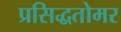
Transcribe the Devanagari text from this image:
प्रसिद्धतोमर